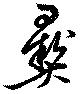
彝